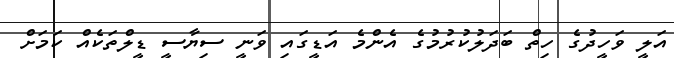
އަލީ ވަހީދުގެ ހިތް ބަދަލުކުރުމުގެ އެންމެ އަޑީގައި ވަނީ ސިޔާސީ ޑީލްތަކެއް ކަމަށް